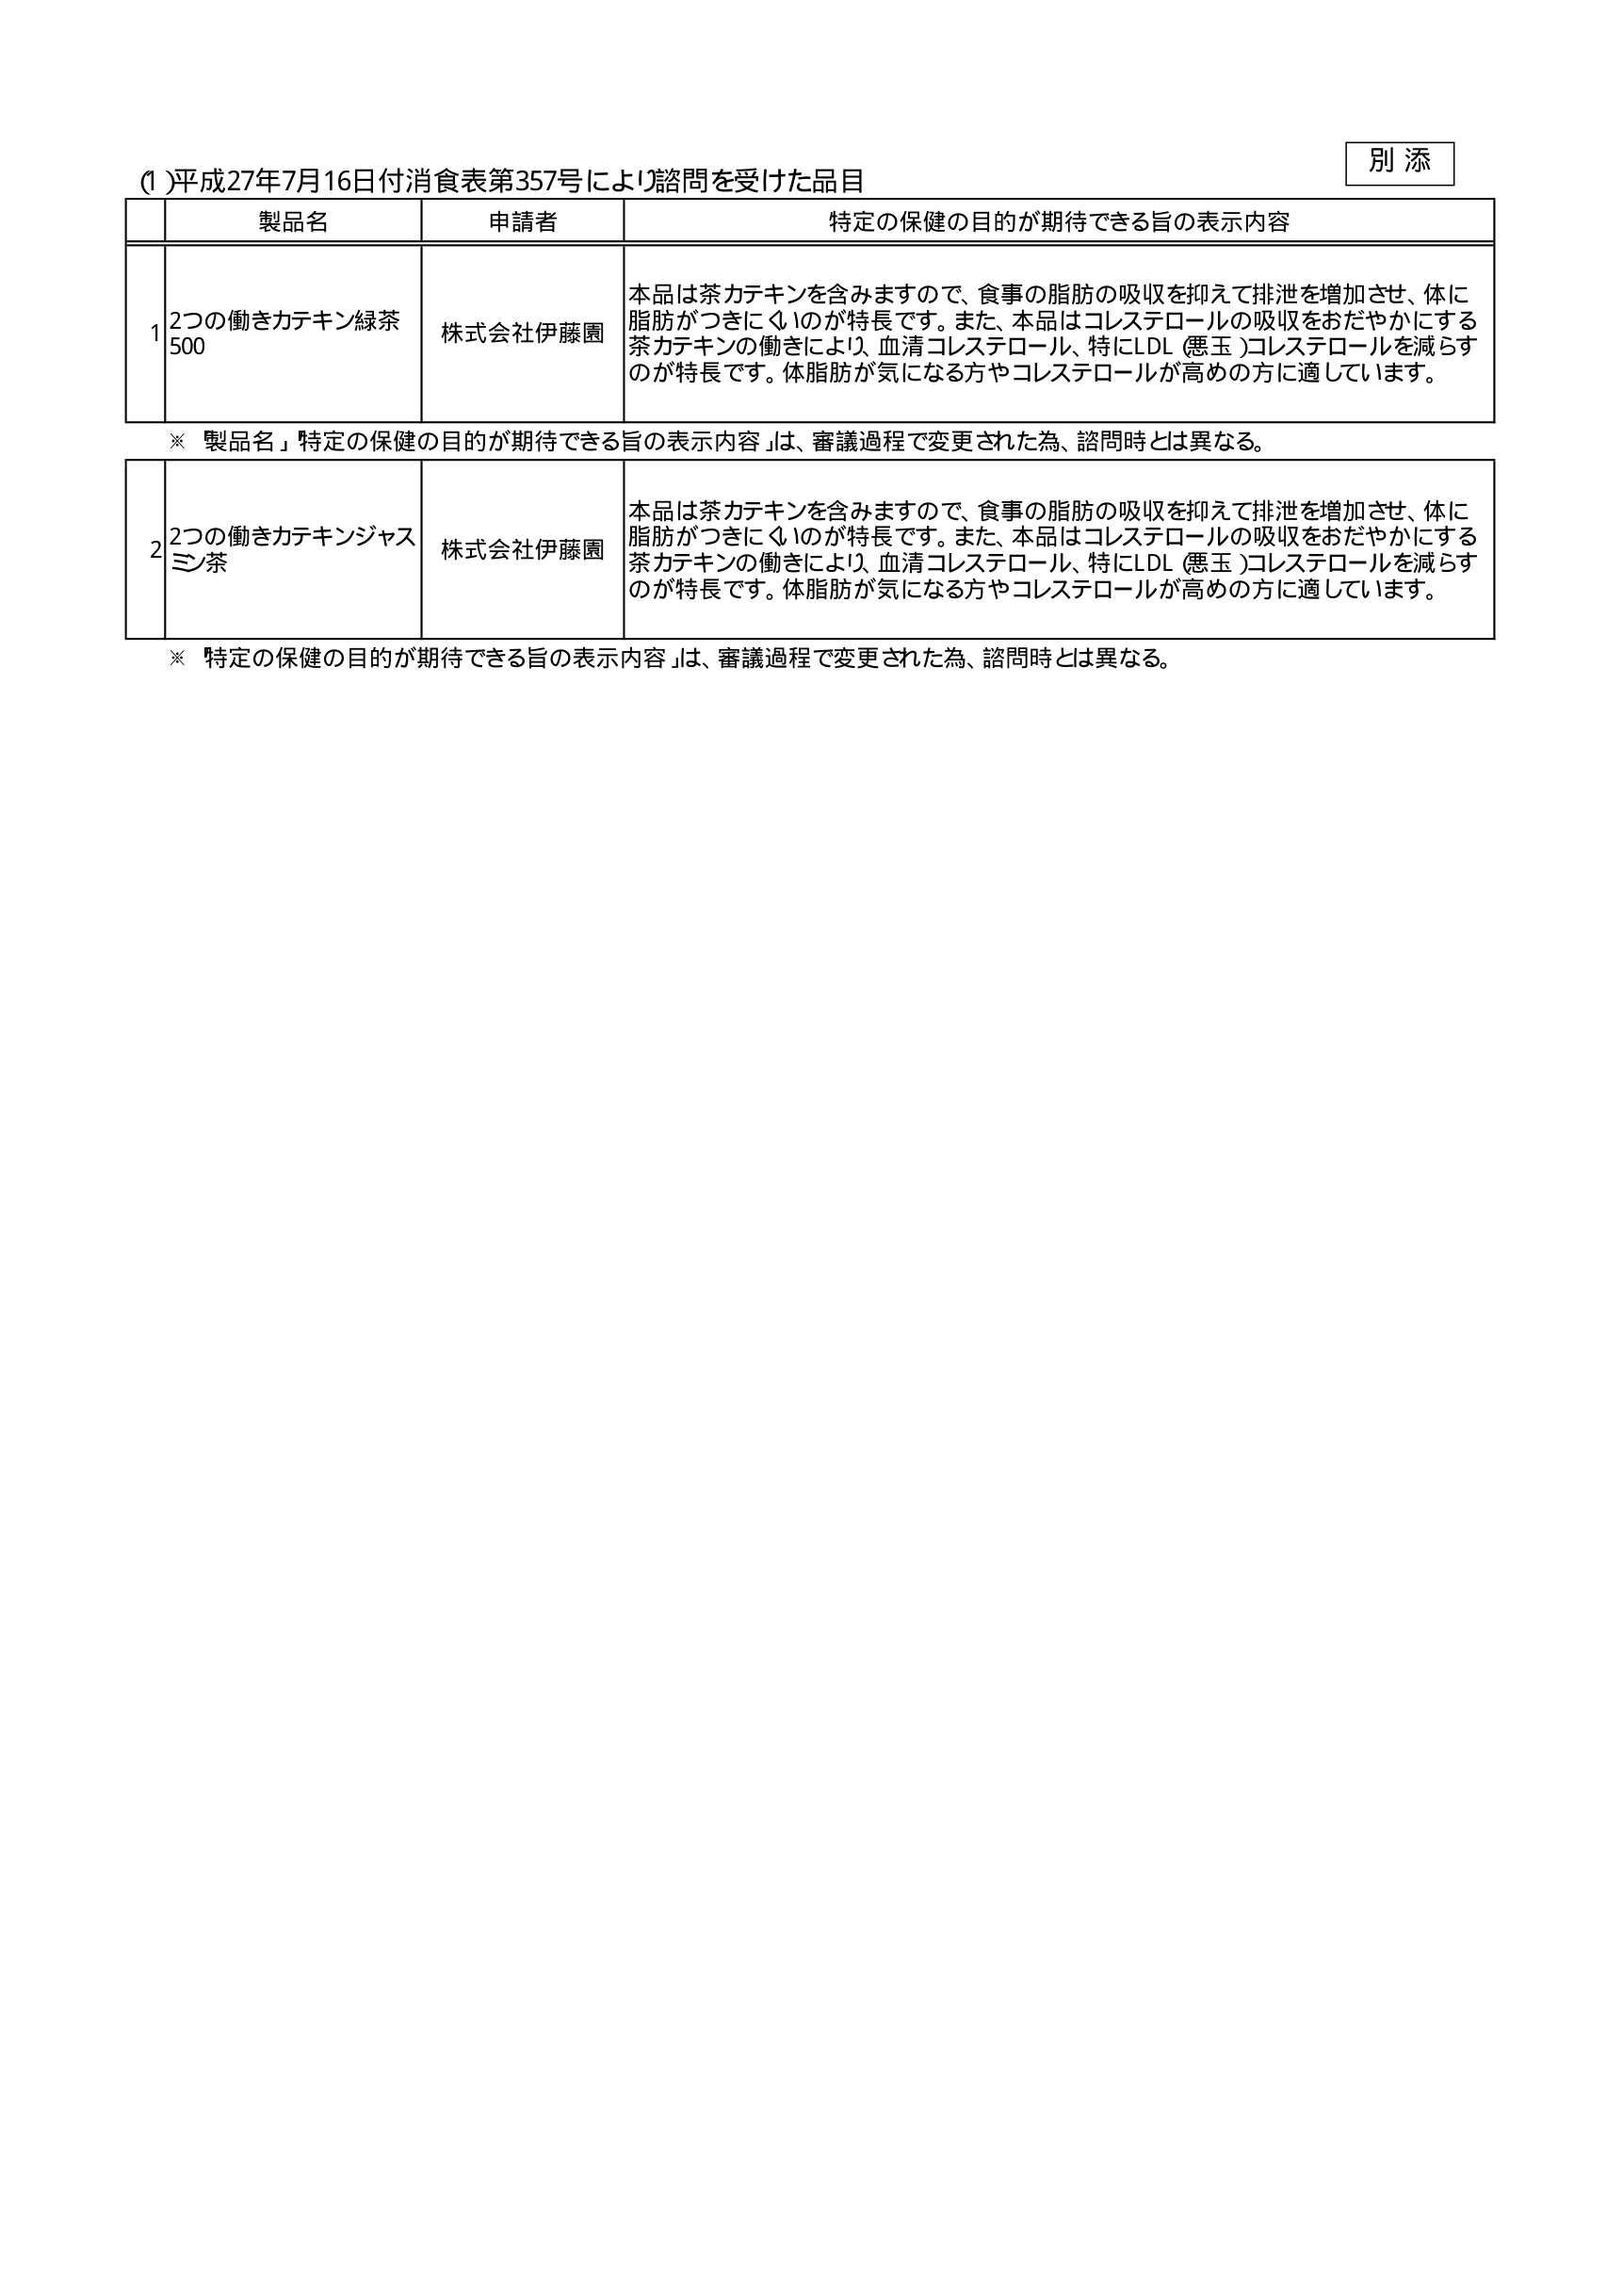
(1) 平成27年7月16日付消食表第357号により諮問を受けた品目

別添

製品名 申請者 特定の保健の目的が期待できる旨の表示内容

1 2つの働きカテキン緑茶500 株式会社伊藤園 本品は茶カテキンを含みますので、食事の脂肪の吸収を抑えて排泄を増加させ、体に脂肪がつきにくいのが特長です。また、本品はコレステロールの吸収をおだやかにする茶カテキンの働きにより、血清コレステロール、特にLDL（悪玉）コレステロールを減らすのが特長です。体脂肪が気になる方やコレステロールが高めの方に適しています。

※ 製品名「特定の保健の目的が期待できる旨の表示内容」は、審議過程で変更された為、諮問時とは異なる。

2 2つの働きカテキンジャスミン茶 株式会社伊藤園 本品は茶カテキンを含みますので、食事の脂肪の吸収を抑えて排泄を増加させ、体に脂肪がつきにくいのが特長です。また、本品はコレステロールの吸収をおだやかにする茶カテキンの働きにより、血清コレステロール、特にLDL（悪玉）コレステロールを減らすのが特長です。体脂肪が気になる方やコレステロールが高めの方に適しています。

※ 特定の保健の目的が期待できる旨の表示内容」は、審議過程で変更された為、諮問時とは異なる。